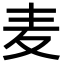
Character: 麦